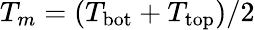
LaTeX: T_{m}=(T_{\mathrm{bot}}+T_{\mathrm{top}})/2